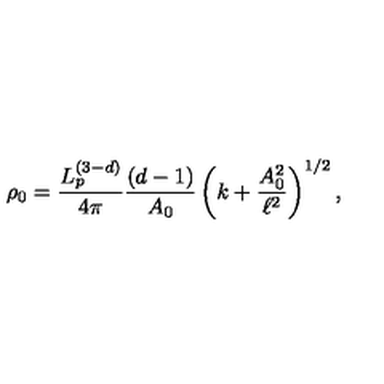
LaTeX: \rho _ { 0 } = \frac { L _ { p } ^ { ( 3 - d ) } } { 4 \pi } \frac { ( d - 1 ) } { A _ { 0 } } \left( k + \frac { A _ { 0 } ^ { 2 } } { \ell ^ { 2 } } \right) ^ { 1 / 2 } ,